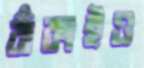
বাঁকাইও